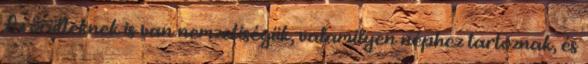
Az őrülteknek is van nemzetiségük, valamilyen néphez tartoznak, és